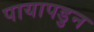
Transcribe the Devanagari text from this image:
पायापडुन